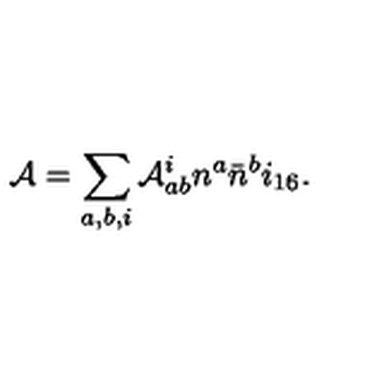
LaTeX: { \cal A } = \sum _ { a , b , i } { \cal A } _ { a b } ^ { i } n ^ { a } { \bar { n } } ^ { b } i _ { 1 6 } .